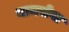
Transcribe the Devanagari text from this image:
नामसेवा